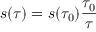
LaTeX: s ( \tau ) = s ( \tau _ { 0 } ) \frac { \tau _ { 0 } } { \tau }